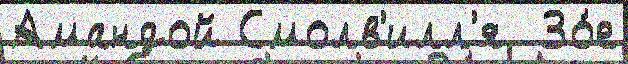
Амандой Смолв'илл'я  Зо́е